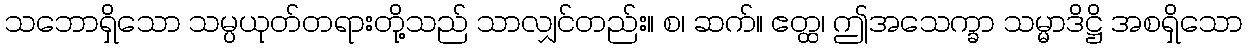
သဘောရှိသော သမ္ပယုတ်တရားတို့သည် သာလျှင်တည်း။ စ၊ ဆက်။ ဧတ္ထ၊ ဤအသေက္ခာ သမ္မာဒိဋ္ဌိ အစရှိသော